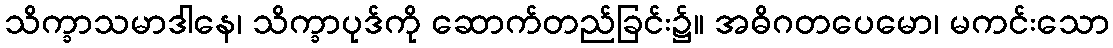
သိက္ခာသမာဒါနေ၊ သိက္ခာပုဒ်ကို ဆောက်တည်ခြင်း၌။ အဓိဂတပေမော၊ မကင်းသော